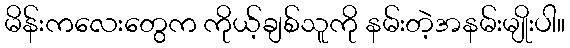
မိန်းကလေးတွေက ကိုယ့်ချစ်သူကို နမ်းတဲ့အနမ်းမျိုးပါ။